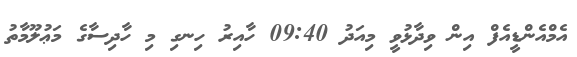
އެމްއެންޑީއެފް އިން ވިދާޅުވީ މިއަދު 09:40 ހާއިރު ހިނގި މި ހާދިސާގެ މަޢުލޫމާތު